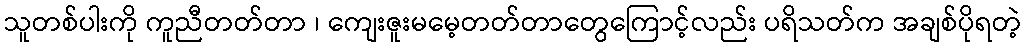
သူတစ်ပါးကို ကူညီတတ်တာ ၊ ကျေးဇူးမမေ့တတ်တာတွေကြောင့်လည်း ပရိသတ်က အချစ်ပိုရတဲ့